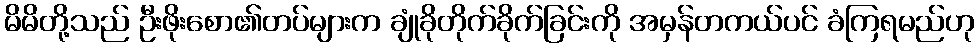
မိမိတို့သည် ဦးဖိုးစော၏တပ်များက ချုံခိုတိုက်ခိုက်ခြင်းကို အမှန်တကယ်ပင် ခံကြရမည်ဟု